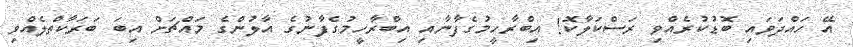
އޭ ހައްދަވައި ބޮޑުކުރެއްވި ރަސްކަލާކޮ! އިބްރާހީމުގެފާނާއި އިބްރާހީމުގެފާނުގެ އާލުންގެ މައްޗަށް އިބަ ބަރަކާތްލެއްވި